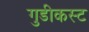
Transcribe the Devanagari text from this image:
गुडीकस्ट